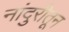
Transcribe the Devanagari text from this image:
नांदुरीतून